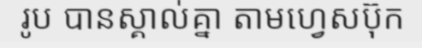
រូប បានស្គាល់គ្នា តាមហ្វេសប៊ុក